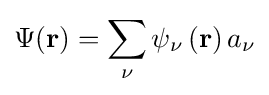
\Psi (\mathbf {r} )=\sum _{\nu }\psi _{\nu }\left(\mathbf {r} \right)a_{\nu }